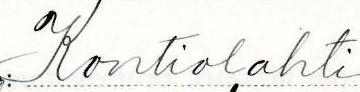
Kontiolahti